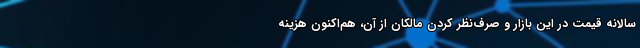
سالانه قیمت در این بازار و صرف‌نظر کردن مالکان از آن، ‌هم‌اکنون هزینه